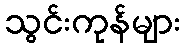
သွင်းကုန်များ